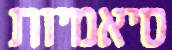
סיאמיות